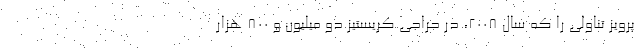
پرویز تناولی را که سال ۲۰۰۸، در حراجی کریستیز دو میلیون و ۸۰۰ هزار